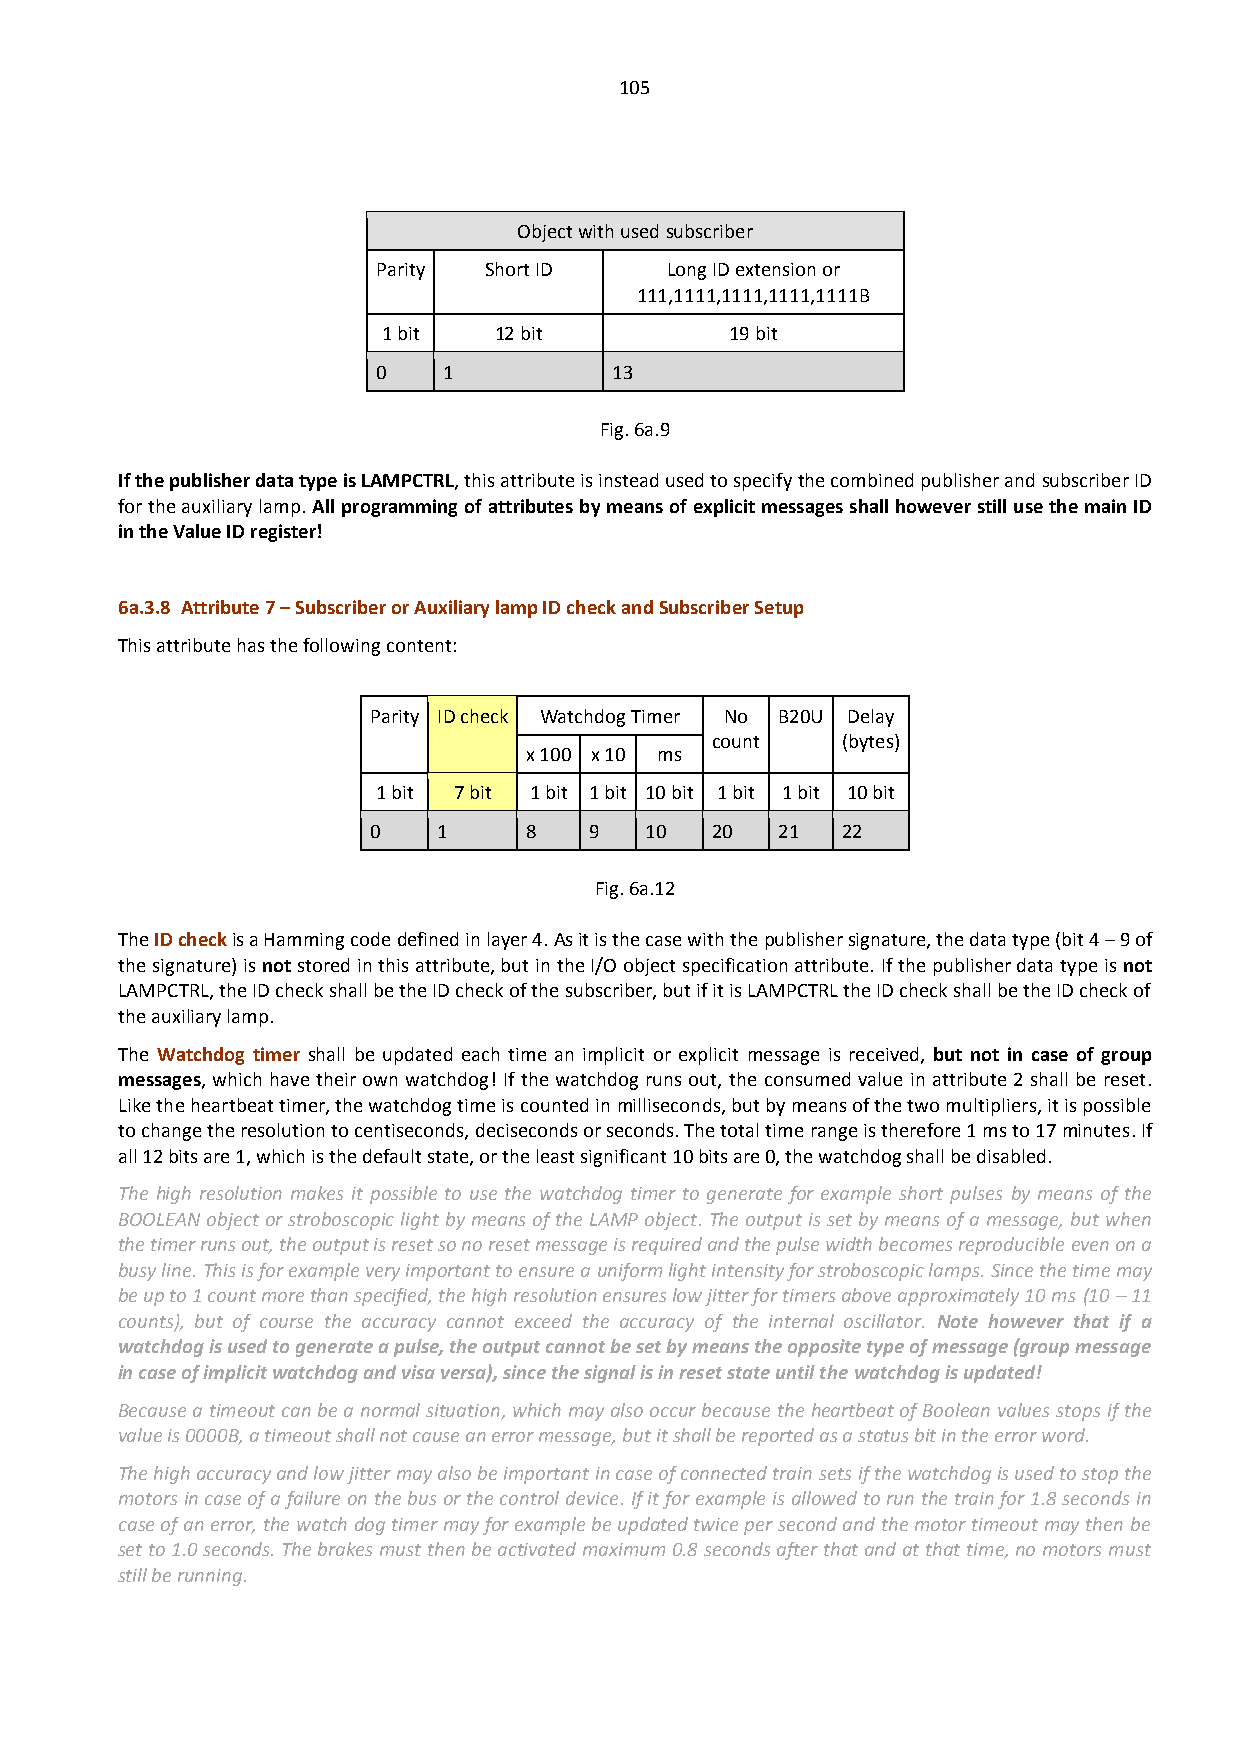
105
 Object with used subscriber
 Parity Short ID    Long ID extension or
 111,1111,1111,1111,1111B
 1 bit   12 bit         19 bit
 0   1           13
 Fig. 6a.9
 If the publisher data type is LAMPCTRL, this attribute is instead used to specify the combined publisher and subscriber ID
 for the auxiliary lamp. All programming of attributes by means of explicit messages shall however still use the main ID
 in the Value ID register!
 6a.3.8 Attribute 7 – Subscriber or Auxiliary lamp ID check and Subscriber Setup
 This attribute has the following content:
 Parity ID check Watchdog Timer No B20U Delay
 count    (bytes)
 x 100 x 10 ms
 1 bit 7 bit 1 bit 1 bit 10 bit 1 bit 1 bit 10 bit
 0    1     8   9   10  20  21   22
 Fig. 6a.12
 The ID check is a Hamming code defined in layer 4. As it is the case with the publisher signature, the data type (bit 4 – 9 of
 the signature) is not stored in this attribute, but in the I/O object specification attribute. If the publisher data type is not
 LAMPCTRL, the ID check shall be the ID check of the subscriber, but if it is LAMPCTRL the ID check shall be the ID check of
 the auxiliary lamp.
 The Watchdog timer shall be updated each time an implicit or explicit message is received, but not in case of group
 messages, which have their own watchdog! If the watchdog runs out, the consumed value in attribute 2 shall be reset.
 Like the heartbeat timer, the watchdog time is counted in milliseconds, but by means of the two multipliers, it is possible
 to change the resolution to centiseconds, deciseconds or seconds. The total time range is therefore 1 ms to 17 minutes. If
 all 12 bits are 1, which is the default state, or the least significant 10 bits are 0, the watchdog shall be disabled.
 The high resolution makes it possible to use the watchdog timer to generate for example short pulses by means of the
 BOOLEAN object or stroboscopic light by means of the LAMP object. The output is set by means of a message, but when
 the timer runs out, the output is reset so no reset message is required and the pulse width becomes reproducible even on a
 busy line. This is for example very important to ensure a uniform light intensity for stroboscopic lamps. Since the time may
 be up to 1 count more than specified, the high resolution ensures low jitter for timers above approximately 10 ms (10 – 11
 counts), but of course the accuracy cannot exceed the accuracy of the internal oscillator. Note however that if a
 watchdog is used to generate a pulse, the output cannot be set by means the opposite type of message (group message
 in case of implicit watchdog and visa versa), since the signal is in reset state until the watchdog is updated!
 Because a timeout can be a normal situation, which may also occur because the heartbeat of Boolean values stops if the
 value is 0000B, a timeout shall not cause an error message, but it shall be reported as a status bit in the error word.
 The high accuracy and low jitter may also be important in case of connected train sets if the watchdog is used to stop the
 motors in case of a failure on the bus or the control device. If it for example is allowed to run the train for 1.8 seconds in
 case of an error, the watch dog timer may for example be updated twice per second and the motor timeout may then be
 set to 1.0 seconds. The brakes must then be activated maximum 0.8 seconds after that and at that time, no motors must
 still be running.